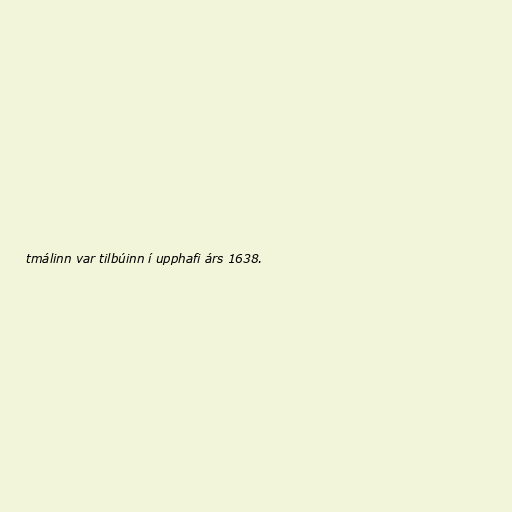
tmálinn var tilbúinn í upphafi árs 1638.